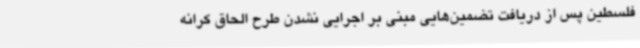
فلسطین پس از دریافت تضمین‌هایی مبنی بر اجرایی نشدن طرح الحاق کرانه